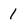
Character: 1